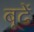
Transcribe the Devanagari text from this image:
बूढें